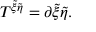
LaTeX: T ^ { { \tilde { \xi } } { \tilde { \eta } } } = \partial { \tilde { \xi } } { \tilde { \eta } } .